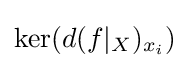
\operatorname {ker} (d(f|_{X})_{x_{i}})